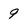
Character: 9